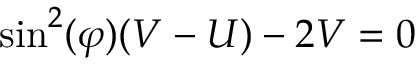
\mathrm { s i n } ^ { 2 } ( \varphi ) ( V - U ) - 2 V = 0